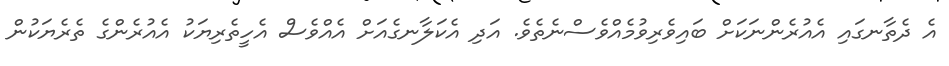
އެ ދެތާނގައި އެއުރެންނަކަށް ބައިވެރިވުމެއްވެސްނެތެވެ. އަދި އެކަލާނގެއަށް އެއްވެސް އެހީތެރިޔަކު އެއުރެންގެ ތެރެޔަކުން